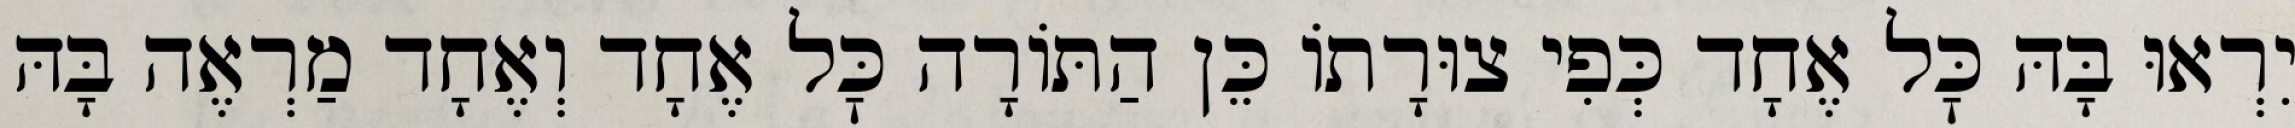
יִרְאוּ בָּהּ כׇּל אֶחָד כְּפִי צוּרָתוֹ כֵּן הַתּוֹרָה כׇּל אֶחָד וְאֶחָד מַרְאֶה בָּהּ